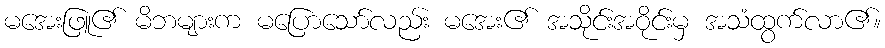
မအေးဖြူ၏ မိဘများက မပြောသော်လည်း မအေး၏ အသိုင်းအဝိုင်းမှ အသံထွက်လာ၏။